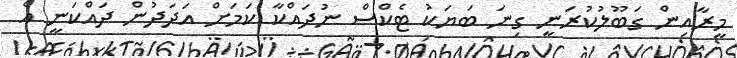
މީރާއިން ގަބޫލުކުރަނީ ގިނަ ބަޔަކު ޓެކްސް ނުދައްކާ ކަމަށް އަދަދުން ދައްކަނީ އެ